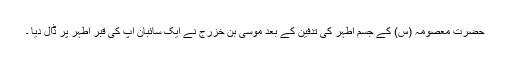
حضرت معصومہ (س) کے جسم اطہر کی تدفین کے بعد موسی بن خزرج نے ایک سائبان آپ کی قبر اطہر پر ڈال دیا ۔